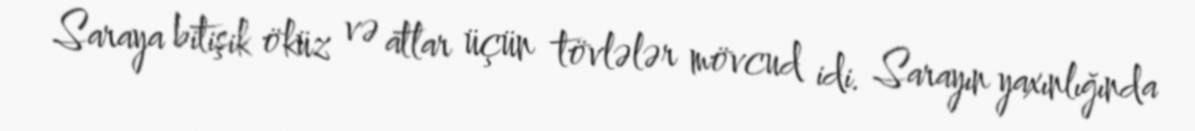
Saraya bitişik öküz və atlar üçün tövlələr mövcud idi. Sarayın yaxınlığında